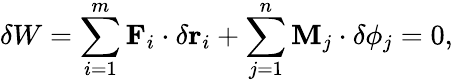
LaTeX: \delta W=\sum_{i=1}^{m}\mathbf{F}_{i}\cdot\delta\mathbf{r}_{i}+\sum_{j=1}^{n}\mathbf{M}_{j}\cdot\delta\mathbf{\phi}_{j}=0,